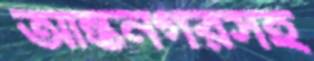
আন্তনগরসহ